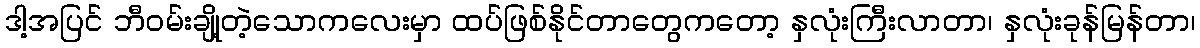
ဒါ့အပြင် ဘီဝမ်းချို့တဲ့သောကလေးမှာ ထပ်ဖြစ်နိုင်တာတွေကတော့ နှလုံးကြီးလာတာ၊ နှလုံးခုန်မြန်တာ၊